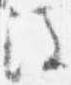
注